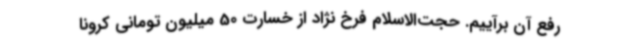
رفع آن برآییم. حجت‌الاسلام فرخ نژاد از خسارت 50 میلیون تومانی کرونا